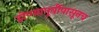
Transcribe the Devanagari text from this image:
होण्यापूर्वीपासूनच